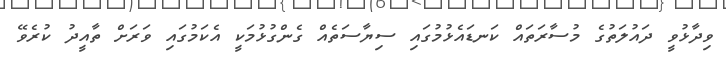
ވިދާޅުވީ ދައުލަތުގެ މުސާރަތައް ކަނޑައެޅުމުގައި ސިޔާސަތެއް ގެންގުޅުމަކީ އެކަމުގައި ވަރަށް ތާއީދު ކުރެވޭ